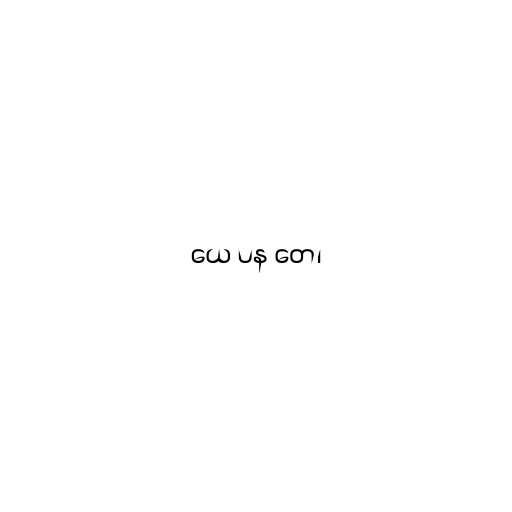
ယေ ပန တေ၊